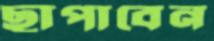
ছাপাবেন